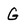
Character: G